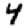
Digit: 4